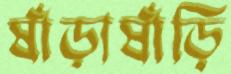
ষাঁড়াষাঁড়ি